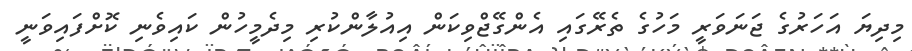
މިދިޔަ އަހަރުގެ ޖަނަވަރީ މަހުގެ ތެރޭގަައި އެންގޭޖްވިކަން އިއުލާންކުރި މިދެމީހުން ކައިވެނި ކޮށްފައިވަނީ